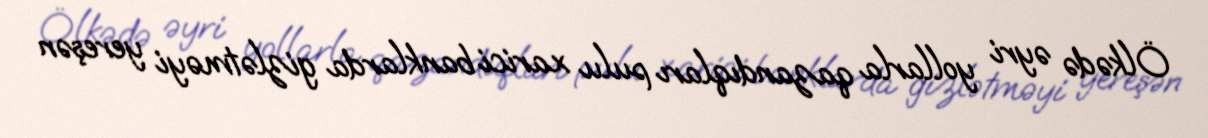
Ölkədə əyri yollarla qazandıqları pulu xarici banklarda gizlətməyi yereşən